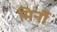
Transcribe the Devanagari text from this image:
मिर्नी